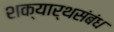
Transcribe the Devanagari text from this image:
शक्यार्थसंबंध